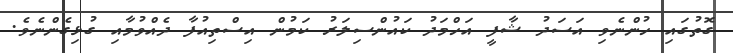
ގޮތުގައި ހުންނެވި އަސަދު ޝާފީ އަހްމަދު ކައުންސިލަރު ކަމުން އިސްތިއުފާ ދެއްވުމާއި ގުޅިގެންނެވެ.